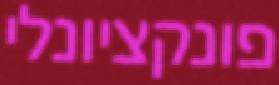
פונקציונלי